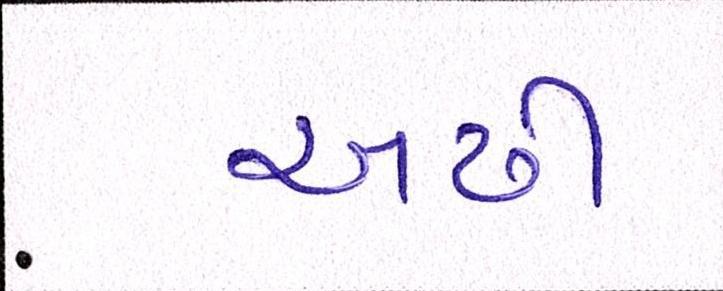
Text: અઢી